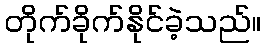
တိုက်ခိုက်နိုင်ခဲ့သည်။